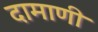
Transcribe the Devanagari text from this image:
दामाणी